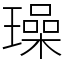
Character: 璪